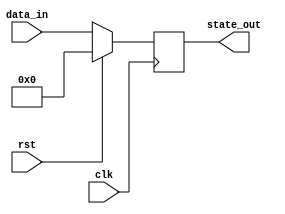
module sync_reset_block (
    input wire clk,              // Clock signal
    input wire rst,              // Active-high reset signal
    input wire [N-1:0] data_in,  // Data input (N-bit wide)
    output reg [M-1:0] state_out // State output (M-bit wide)
);

// Parameters for the width of data and state
parameter N = 8; // Width of data input
parameter M = 8; // Width of state output

// Initial state for reset
parameter RESET_STATE = 8'h00; // Define your reset state value here

// Always block for synchronous reset
always @(posedge clk) begin
    if (rst) begin
        // Reset the state output to the predefined reset state
        state_out <= RESET_STATE;
    end else begin
        // Normal operation: process data inputs and update state
        // Example logic: simple state update based on data input
        // This can be modified as per the design requirements
        state_out <= data_in; // Example: state follows data input
    end
end

endmodule